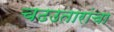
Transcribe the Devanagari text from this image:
चढउतारांचा